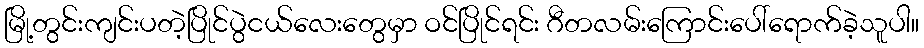
မြို့တွင်းကျင်းပတဲ့ပြိုင်ပွဲငယ်လေးတွေမှာ ဝင်ပြိုင်ရင်း ဂီတလမ်းကြောင်းပေါ်ရောက်ခဲ့သူပါ။